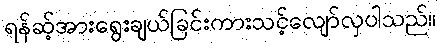
ရန်ဆ့်အားရွေးချယ်ခြင်းကားသင့်လျော်လှပါသည်။